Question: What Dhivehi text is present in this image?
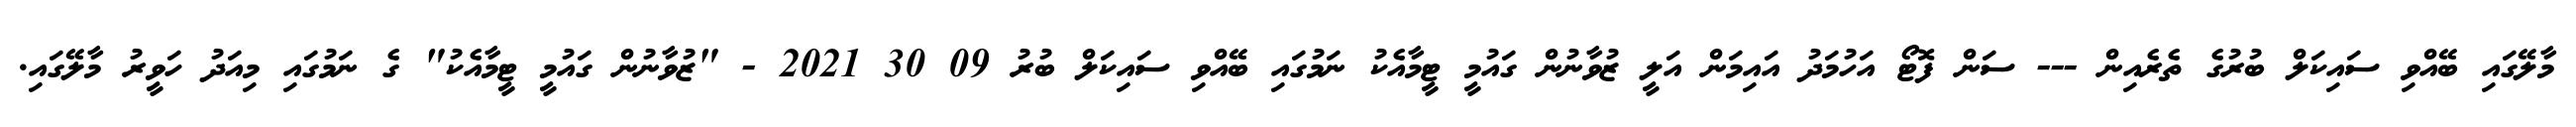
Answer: މާލޭގައި ބޭއްވި ސައިކަލް ބުރުގެ ތެރެއިން --- ސަން ފޮޓޯ އަހުމަދު އައިމަން އަލީ ޒުވާނުން ގައުމީ ޓީމާއެކު ނަމުގައި ބޭއްވި ސައިކަލް ބުރު 09 30 2021 - "ޒުވާނުން ގައުމީ ޓީމާއެކު" ގެ ނަމުގައި މިއަދު ހަވީރު މާލޭގައި.